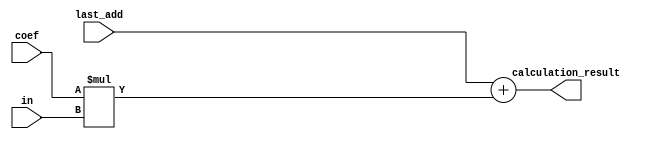
module mult_and_addr(coef , in , last_add , calculation_result);
parameter in_WIDTH = 8;
parameter filter_LENGTH = 8;
parameter counter_size = $clog2(filter_LENGTH);
parameter out_WIDTH = in_WIDTH*2 + counter_size + 1;

input signed[in_WIDTH-1:0]coef;
input signed[in_WIDTH-1:0]in;
input signed[out_WIDTH-1:0]last_add;

output signed[out_WIDTH-1:0]calculation_result;

assign calculation_result = last_add + coef*in;
endmodule